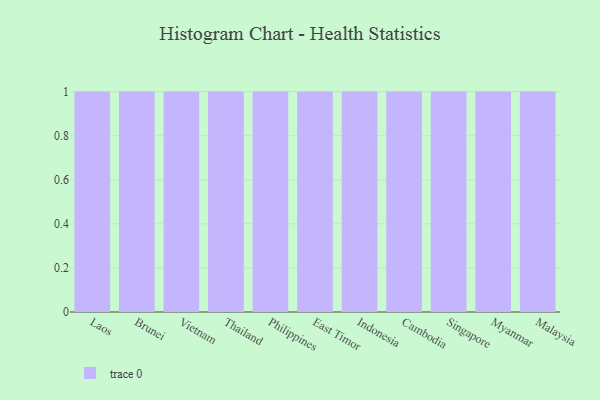
{"axis": {"x": "Country", "y": "Satisfaction Score"}, "legend": [""], "data": [{"x": "Laos", "y": 86, "type": ""}, {"x": "Brunei", "y": 24, "type": ""}, {"x": "Vietnam", "y": 87, "type": ""}, {"x": "Thailand", "y": 67, "type": ""}, {"x": "Philippines", "y": 64, "type": ""}, {"x": "East Timor", "y": 56, "type": ""}, {"x": "Indonesia", "y": 9, "type": ""}, {"x": "Cambodia", "y": 45, "type": ""}, {"x": "Singapore", "y": 23, "type": ""}, {"x": "Myanmar", "y": 77, "type": ""}, {"x": "Malaysia", "y": 98, "type": ""}]}